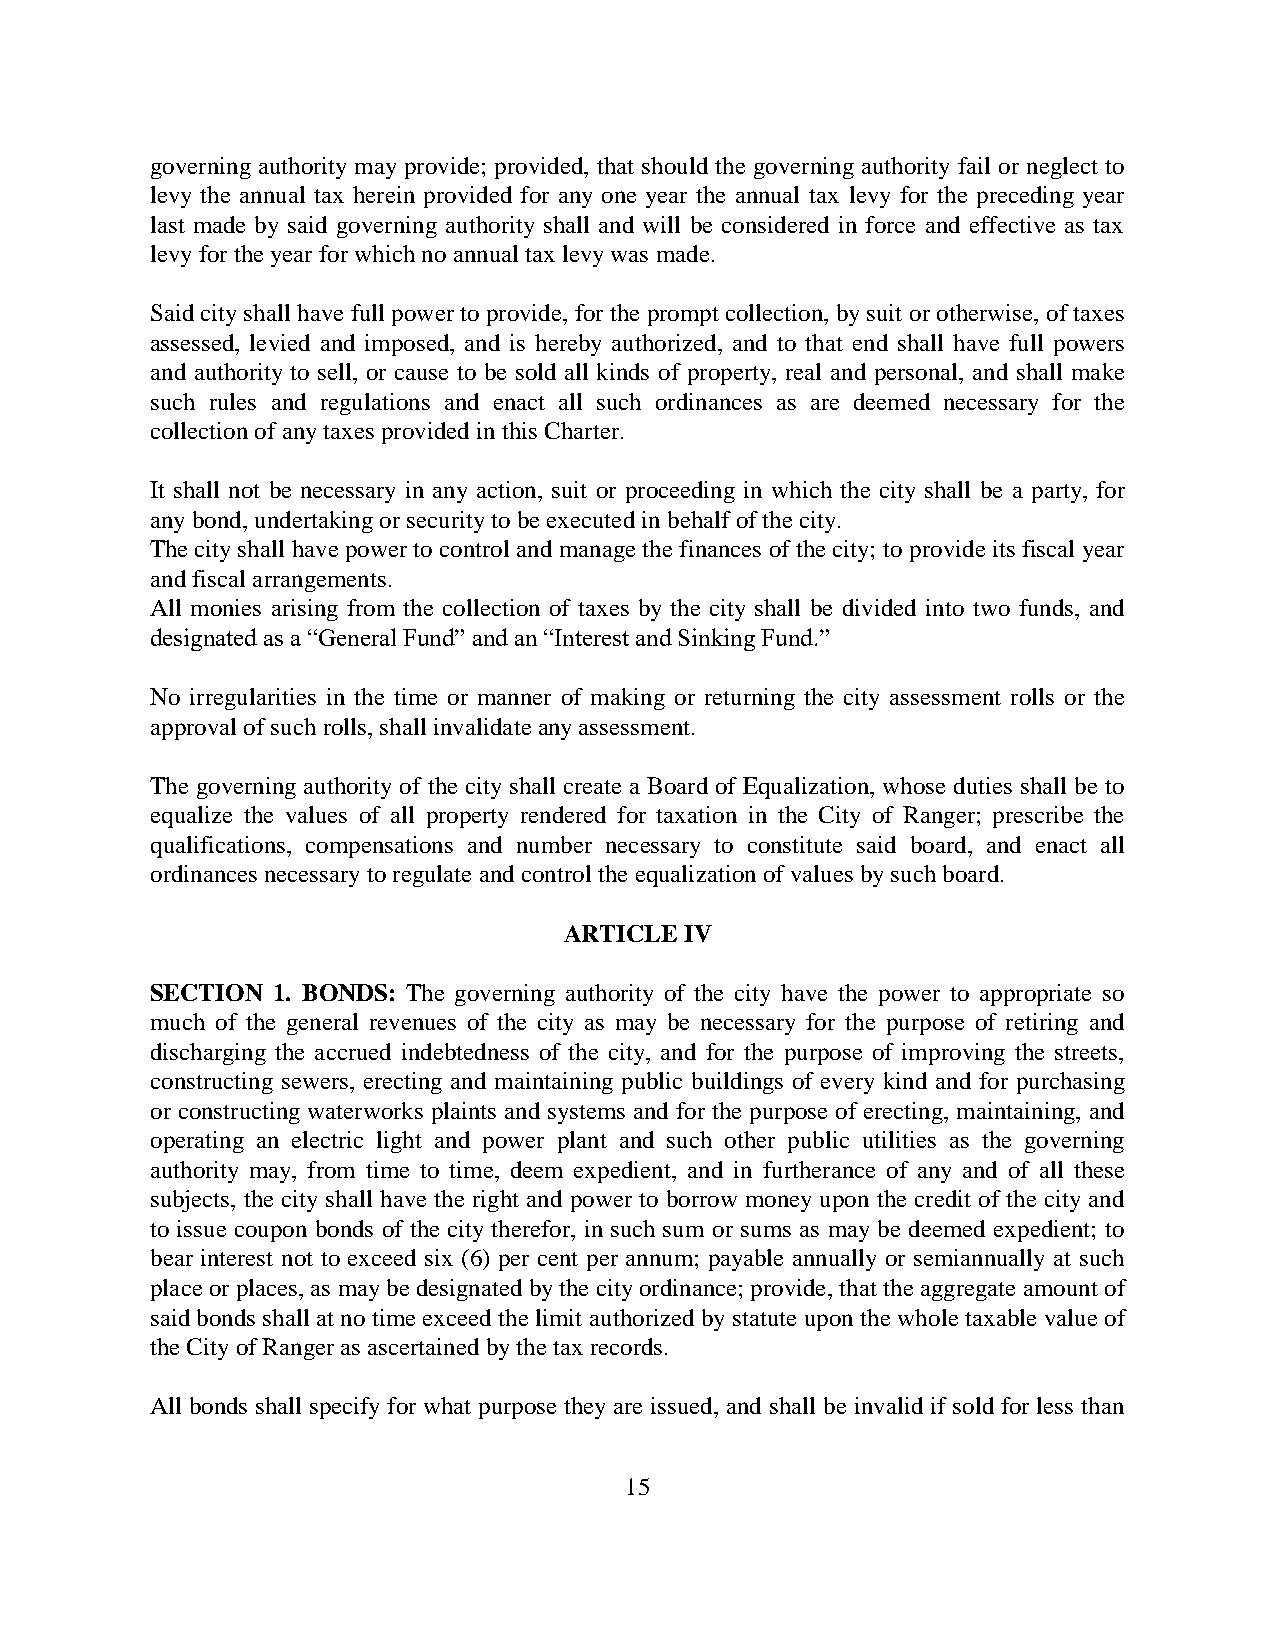
governing authority may provide; provided, that should the governing authority fail or neglect to
 levy the annual tax herein provided for any one year the annual tax levy for the preceding year
 last made by said governing authority shall and will be considered in force and effective as tax
 levy for the year for which no annual tax levy was made.
 Said city shall have full power to provide, for the prompt collection, by suit or otherwise, of taxes
 assessed, levied and imposed, and is hereby authorized, and to that end shall have full powers
 and authority to sell, or cause to be sold all kinds of property, real and personal, and shall make
 such rules and regulations and enact all such ordinances as are deemed necessary for the
 collection of any taxes provided in this Charter.
 It shall not be necessary in any action, suit or proceeding in which the city shall be a party, for
 any bond, undertaking or security to be executed in behalf of the city.
 The city shall have power to control and manage the finances of the city; to provide its fiscal year
 and fiscal arrangements.
 All monies arising from the collection of taxes by the city shall be divided into two funds, and
 designated as a “General Fund” and an “Interest and Sinking Fund.”
 No irregularities in the time or manner of making or returning the city assessment rolls or the
 approval of such rolls, shall invalidate any assessment.
 The governing authority of the city shall create a Board of Equalization, whose duties shall be to
 equalize the values of all property rendered for taxation in the City of Ranger; prescribe the
 qualifications, compensations and number necessary to constitute said board, and enact all
 ordinances necessary to regulate and control the equalization of values by such board.
 ARTICLE IV
 SECTION 1. BONDS: The governing authority of the city have the power to appropriate so
 much of the general revenues of the city as may be necessary for the purpose of retiring and
 discharging the accrued indebtedness of the city, and for the purpose of improving the streets,
 constructing sewers, erecting and maintaining public buildings of every kind and for purchasing
 or constructing waterworks plaints and systems and for the purpose of erecting, maintaining, and
 operating an electric light and power plant and such other public utilities as the governing
 authority may, from time to time, deem expedient, and in furtherance of any and of all these
 subjects, the city shall have the right and power to borrow money upon the credit of the city and
 to issue coupon bonds of the city therefor, in such sum or sums as may be deemed expedient; to
 bear interest not to exceed six (6) per cent per annum; payable annually or semiannually at such
 place or places, as may be designated by the city ordinance; provide, that the aggregate amount of
 said bonds shall at no time exceed the limit authorized by statute upon the whole taxable value of
 the City of Ranger as ascertained by the tax records.
 All bonds shall specify for what purpose they are issued, and shall be invalid if sold for less than
 15